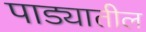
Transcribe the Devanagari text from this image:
पाड्यातील